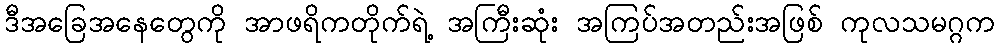
ဒီအခြေအနေတွေကို အာဖရိကတိုက်ရဲ့ အကြီးဆုံး အကြပ်အတည်းအဖြစ် ကုလသမဂ္ဂက